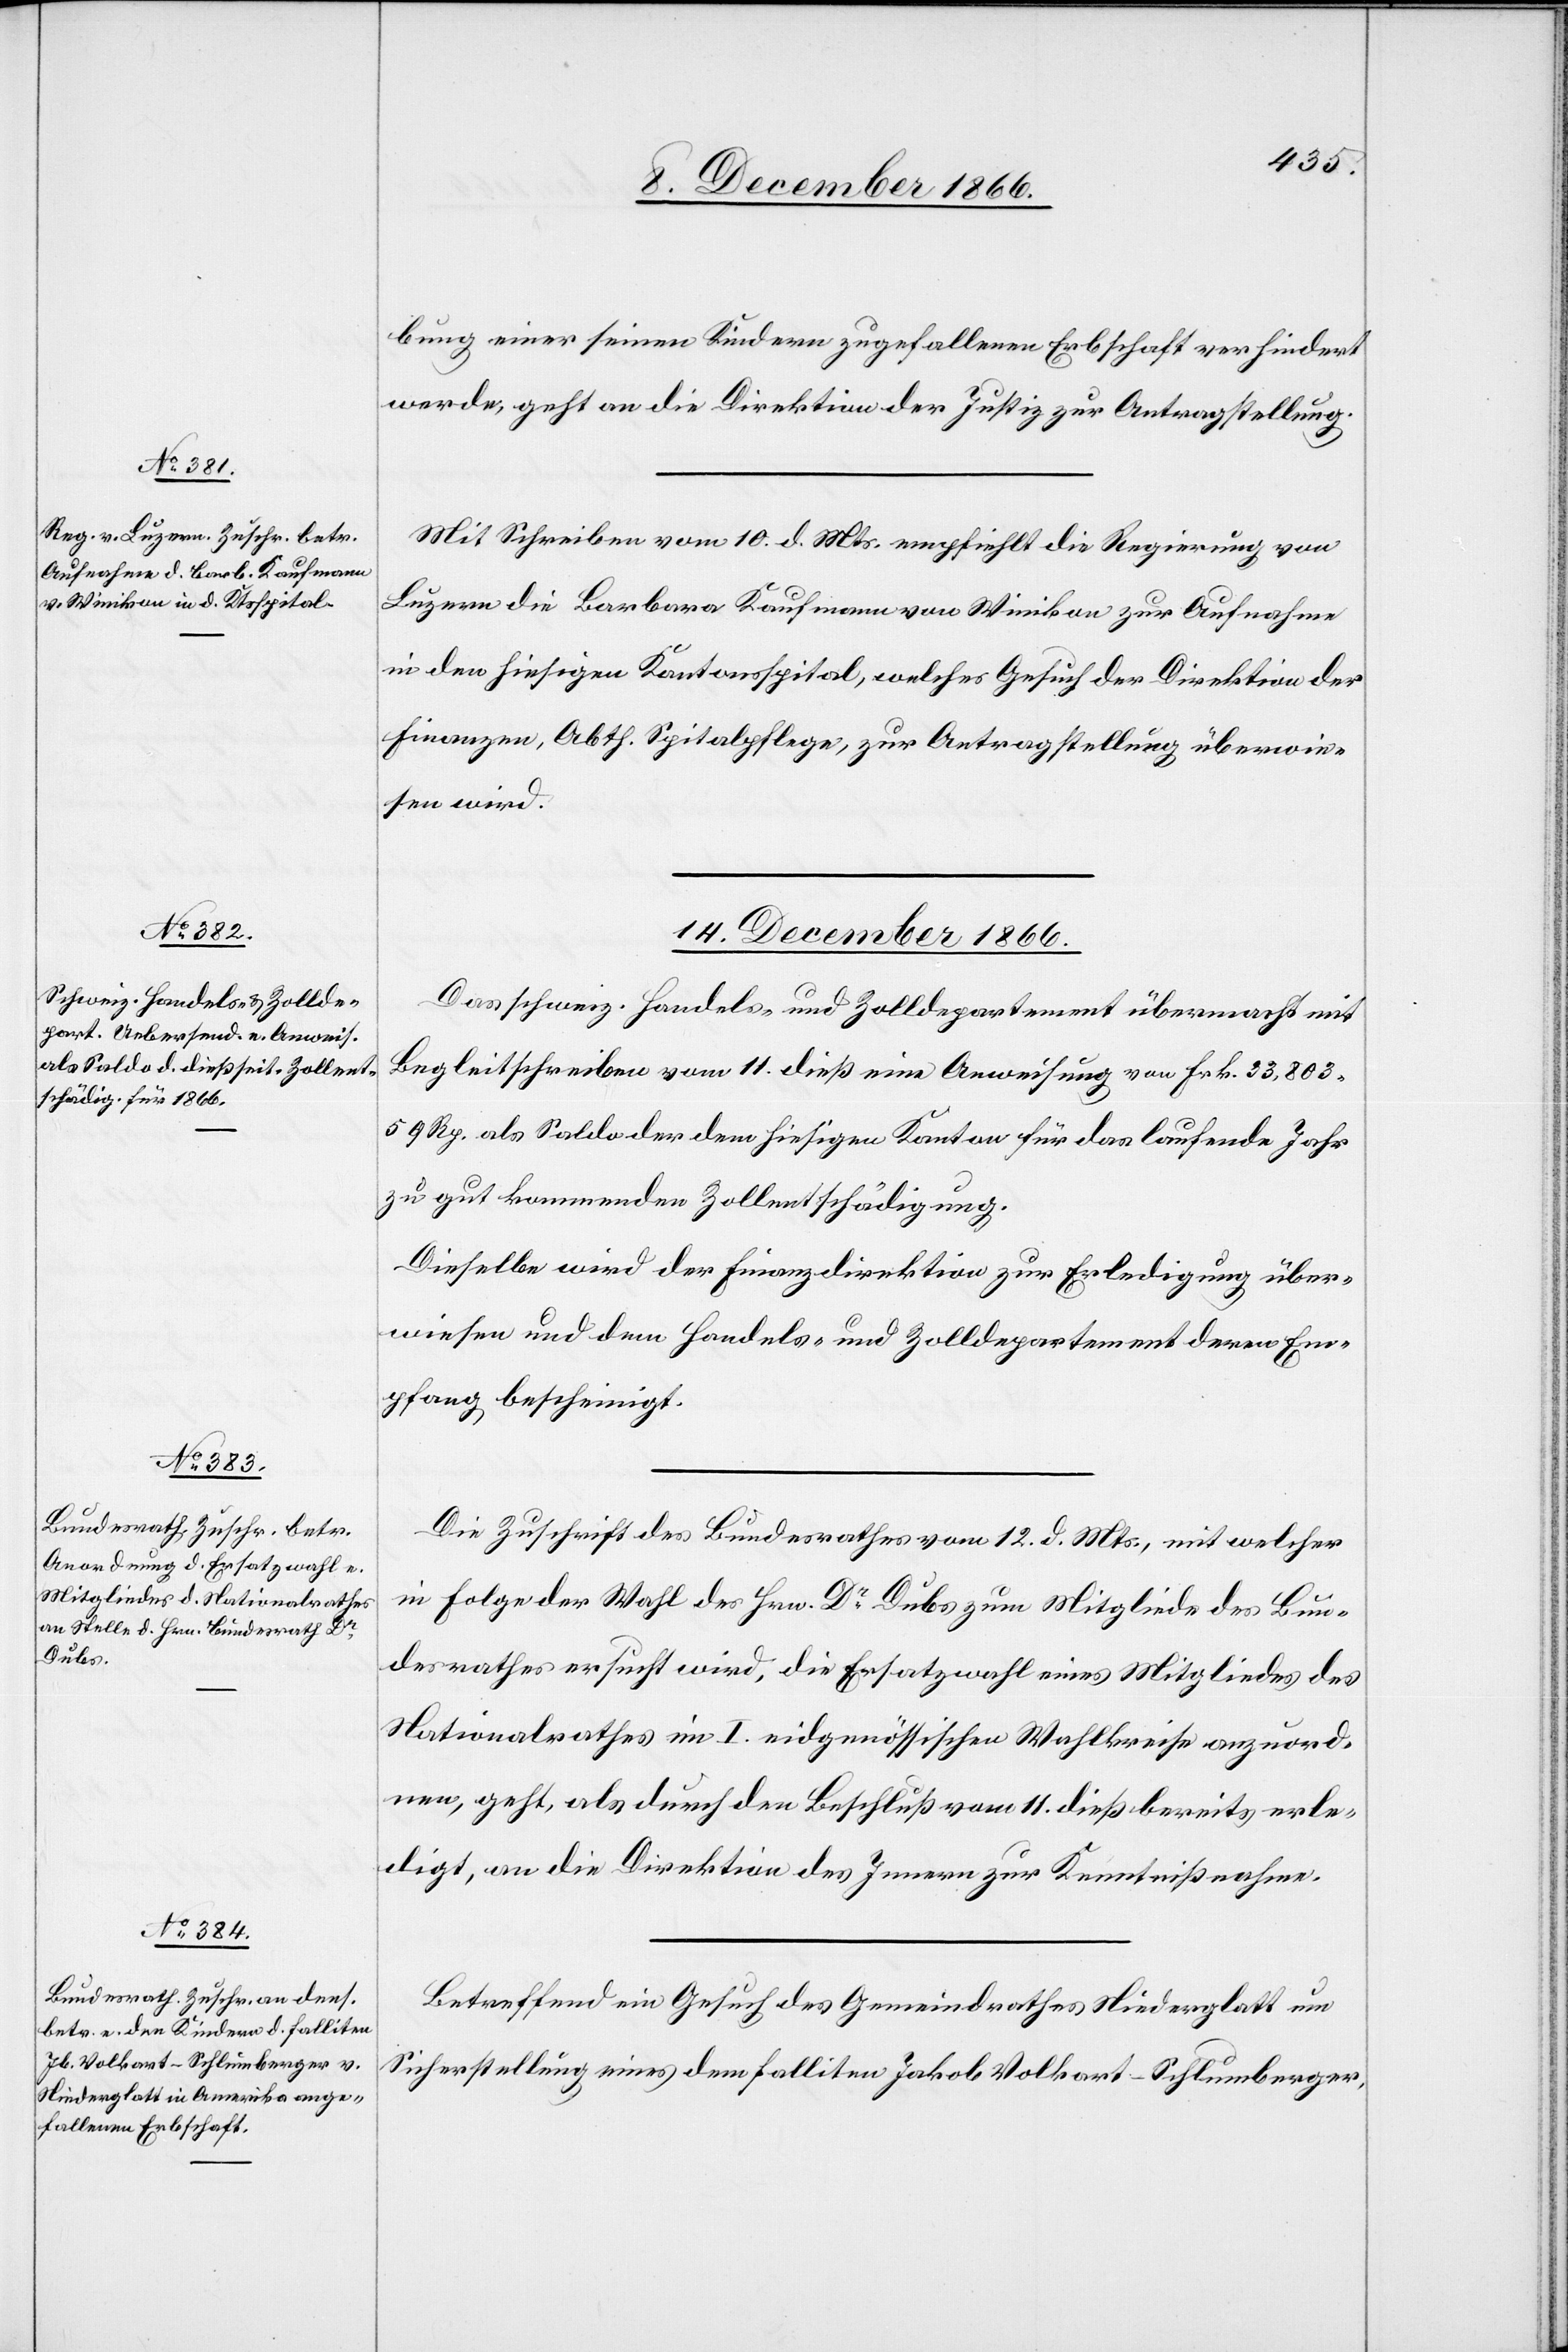
14. December 1866.]
bung einer seinen Kindern zugefallenen Erbschaft verhindert
werde, geht an die Direktion der Justiz zur Antragstellung.
Mit Schreiben vom 10. d. Mts. empfiehlt die Regierung von
Luzern die Barbara Kaufmann von Winikon zur Aufnahme
in den hiesigen Kantonsspital, welches Gesuch der Direktion der
Finanzen, Abth. Spitalpflege, zur Antragstellung überwie¬
sen wird.
Das schweiz. Handels- u. Zolldepartement übermacht mit
Begleitschreiben vom 11. dieß eine Anweisung von Frk. 33 803.59
Rp. als Saldo der dem hiesigen Kanton für das laufende Jahr
zu gut kommenden Zollentschädigung.
Dieselbe wird der Finanzdirektion zur Erledigung über¬
wiesen und dem Handels- und Zolldepartement deren Em¬
pfang bescheinigt.
Die Zuschrift des Bundesrathes vom 12. d. Mts., mit welcher
in Folge der Wahl des Hrn. Dr. Dubs zum Mitgliede des Bun¬
desrathes ersucht wird, die Ersatzwahl eines Mitgliedes des
Nationalrathes im I. eidgenössischen Wahlkreise anzuord¬
nen, geht, als durch den Beschluß vom 11. dieß bereits erle¬
digt, an die Direktion des Innern zur Kenntnißnahme.
Betreffend ein Gesuch des Gemeindrathes Niederglatt um
Sicherstellung eines dem falliten Jakob Volkart-Schlumberger,